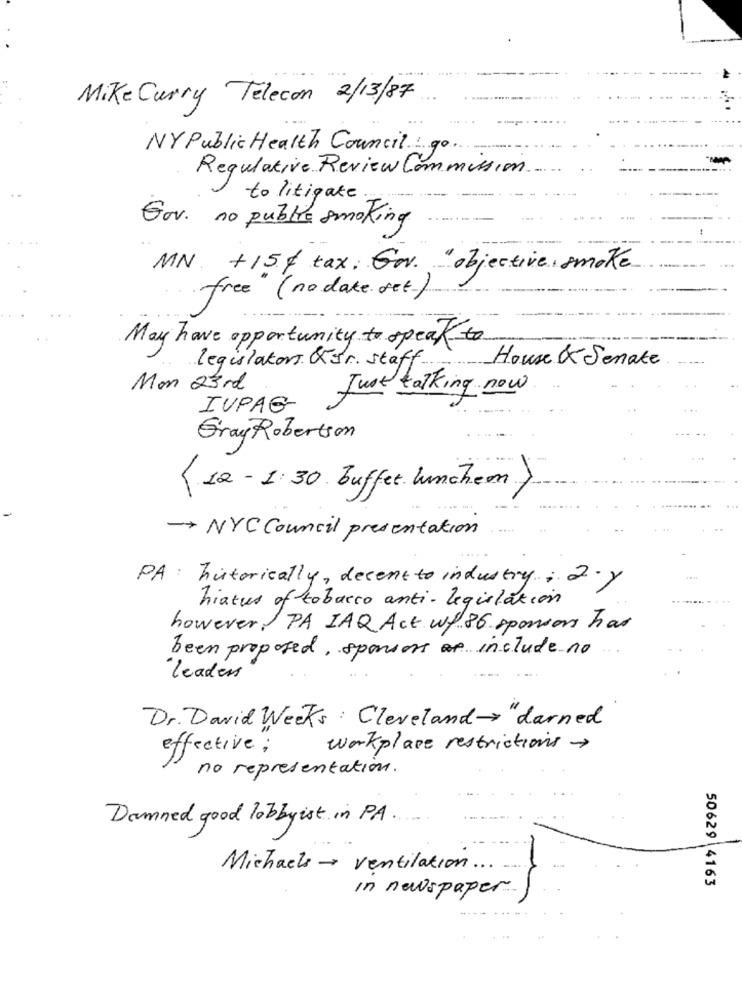
Mike Curry Telecon 2/13/87
NY Public Health Council: go
Regulative Review Commission
to litigate.
Gov. no public smoking
MN +15% tax. Gov. "objective, smoke
free (no date. set.)
May have opportunity to speak to
House & Senate
legislators Kür. staff ...
Mon 23 rd
Just talking now
IVPAG
Gray Robertson
(12-1:30 buffet lunchem>
NYC Council presentation
PA: historically, decent to industry. 2.y
hiatus of tobacco anti- legislation
however PA IAQ Act wf 86 sponsors hat
been proposed, sponsors ar include no
leaders
Dr. David Weeks : Cleveland- "darned
effective ;
workplace restrictions >
no representation.
Damned good lobbyist in PA
Michaels - ventilation ...
50629 4163
in newspaper.